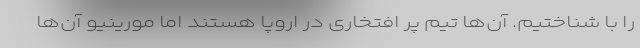
را با شناختیم. آن‌ها تیم پر افتخاری در اروپا هستند اما مورینیو آن‌ها